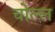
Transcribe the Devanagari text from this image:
चोल्ल